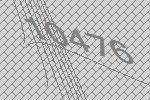
10476